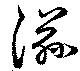
滋